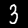
Label: 3